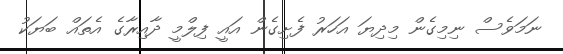
ނަމަވެސް ނިމިގެން މިދިޔަ އަހަރު ފެށިގެން އައީ ފިލްމީ ދާއިރާގެ އެތައް ބަޔަކު